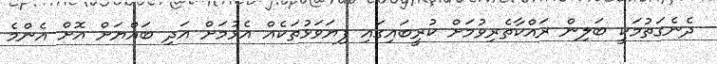
ދެނެގަތުމަކީ ބަލިން ރައްކާތެރިވުމަށް ކުރީބައިގައި ފިޔަވަޅުތަކެއް އެޅުމަށް އަދި ބައްޔަށް އޮށް އެންމެ